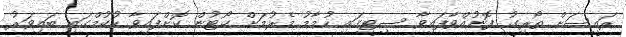
ރައީސަށް ތޯރިގު ފޮނުއްވާފައިވާ ސިޓީގައި ހުމާމު މެރުމަށް ކޯޓުން ކޮށްފައިވާ ހުކުމްގައި ބައިވަރު